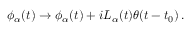
\phi _ { \alpha } ( t ) \to \phi _ { \alpha } ( t ) + i L _ { \alpha } ( t ) \theta ( t - t _ { 0 } ) \, .